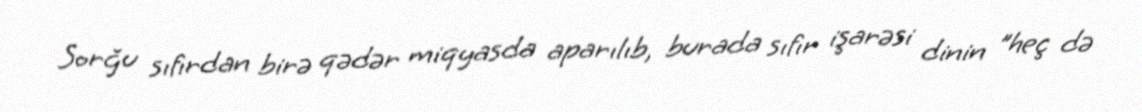
Sorğu sıfırdan birə qədər miqyasda aparılıb, burada sıfır işarəsi dinin "heç də